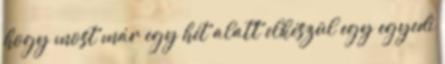
hogy most már egy hét alatt elkészül egy egyedi